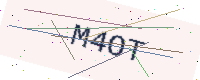
Text: M4OT